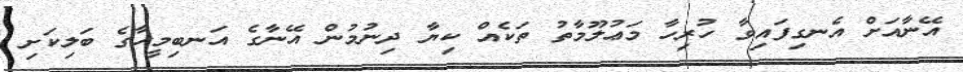
އޭނާއަށް އެނގިފައިވާ ހުރިހާ މަޢުލޫމާތު ތަކެއް ކިޔާ ދިނުމުން އޭނާގެ އަނބިމީހާގެ ބަލިކަށި